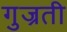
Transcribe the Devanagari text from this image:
गुज्रती